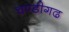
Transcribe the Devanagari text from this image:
चण्‍डीगढ